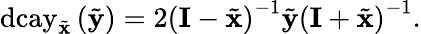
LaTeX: \mathrm{dcay}_{\tilde{\mathbf{x}}}\left(\tilde{\mathbf{y}}\right)=2\left(\mathbf{I}-\tilde{\mathbf{x}}\right)^{-1}\tilde{\mathbf{y}}\left(\mathbf{I}+\tilde{\mathbf{x}}\right)^{-1}.